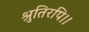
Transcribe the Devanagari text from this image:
श्रुतिरपि।।